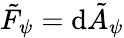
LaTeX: \tilde{F}_{\psi}=\mathrm{d}\tilde{A}_{\psi}